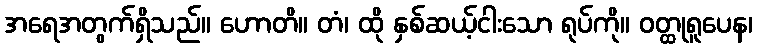
အရေအတွက်ရှိသည်။ ဟောတိ။ တံ၊ ထို နှစ်ဆယ့်ငါးသော ရုပ်ကို။ ဝတ္ထုရူပေန၊